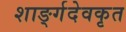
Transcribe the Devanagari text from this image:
शार्ङ्गदेवकृत